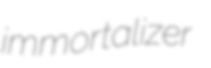
immortalizer